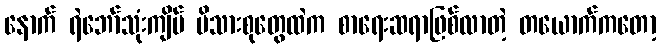
နောက် ရဲဘော်သုံးကျိပ် မိသားစုတွေထဲက စာရေးဆရာဖြစ်လာတဲ့ တယောက်ကတော့